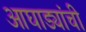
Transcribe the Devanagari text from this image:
आघाड्यांची